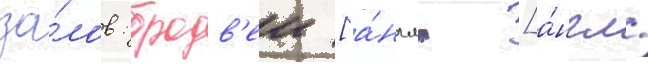
за́лов: бродв'еи [а́нгл. [а́нгл.